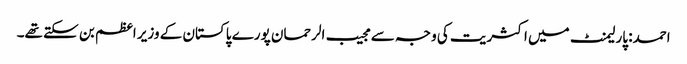
احمد: پارلیمنٹ میں اکثریت کی وجہ سے مجیب الرحمان پورے پاکستان کے وزیر اعظم بن سکتے تھے۔